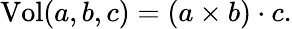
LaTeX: \mathrm{Vol}(a,b,c)=(a\times b)\cdot c.